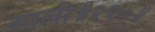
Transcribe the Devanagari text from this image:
आली॥२२०॥